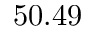
5 0 . 4 9